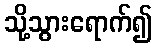
သို့သွားရောက်၍